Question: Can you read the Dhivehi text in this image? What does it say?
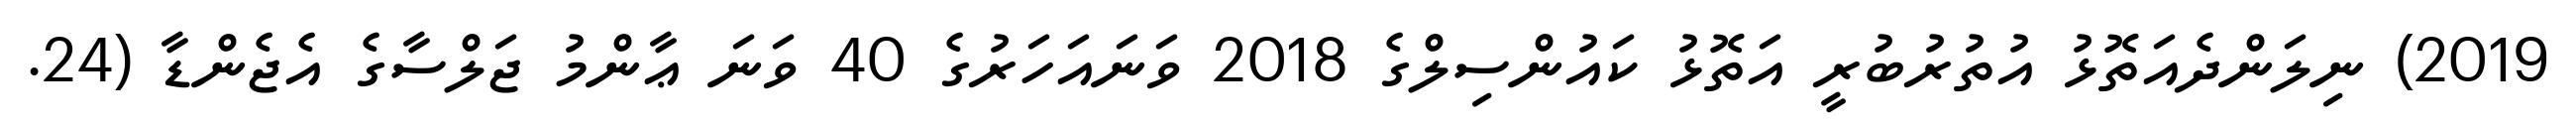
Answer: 2019) ނިލަންދެއަތޮޅު އުތުރުބުރީ އަތޮޅު ކައުންސިލްގެ 2018 ވަނައަހަރުގެ 40 ވަނަ ޢާންމު ޖަލްސާގެ އެޖެންޑާ (24.